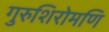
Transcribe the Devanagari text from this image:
गुरुशिरोमणि